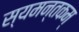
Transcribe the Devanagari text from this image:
स्यमन्तकम्